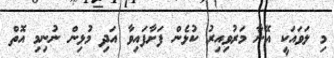
މި ލަވައަކީ އޭނާ މަރުވިއިރު ކުޅެން ފަށާފައިވާ އަދި މުޅިން ނުނިމި އޮތް